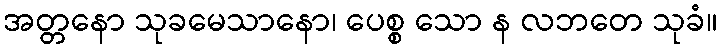
အတ္တနော သုခမေသာနော၊ ပေစ္စ သော န လဘတေ သုခံ။